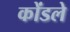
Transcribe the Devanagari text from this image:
कोंडले